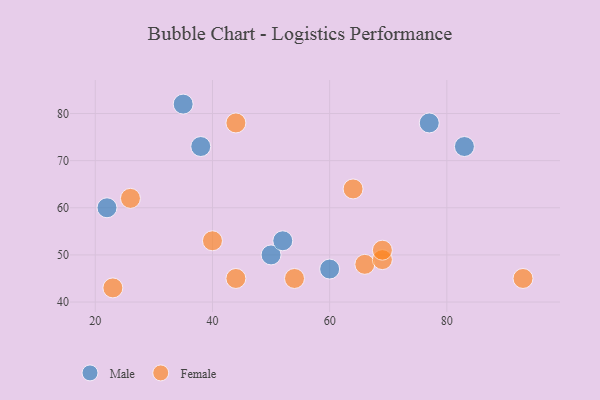
{"axis": {"x": "GDP", "y": "Life Expectancy"}, "legend": ["Female", "Male"], "data": [{"x": "50", "y": 50, "type": "Male"}, {"x": "83", "y": 73, "type": "Male"}, {"x": "38", "y": 73, "type": "Male"}, {"x": "77", "y": 78, "type": "Male"}, {"x": "52", "y": 53, "type": "Male"}, {"x": "60", "y": 47, "type": "Male"}, {"x": "35", "y": 82, "type": "Male"}, {"x": "22", "y": 60, "type": "Male"}, {"x": "44", "y": 78, "type": "Female"}, {"x": "23", "y": 43, "type": "Female"}, {"x": "40", "y": 53, "type": "Female"}, {"x": "93", "y": 45, "type": "Female"}, {"x": "54", "y": 45, "type": "Female"}, {"x": "66", "y": 48, "type": "Female"}, {"x": "26", "y": 62, "type": "Female"}, {"x": "64", "y": 64, "type": "Female"}, {"x": "69", "y": 49, "type": "Female"}, {"x": "69", "y": 51, "type": "Female"}, {"x": "44", "y": 45, "type": "Female"}]}